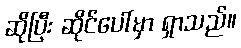
ဆိုပြီး ဆိုင်ပေါ်မှာ ရှာသည်။